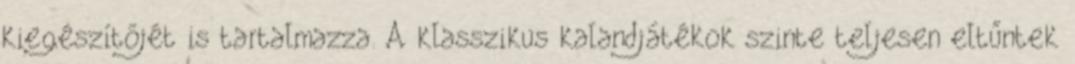
kiegészítőjét is tartalmazza. A klasszikus kalandjátékok szinte teljesen eltűntek